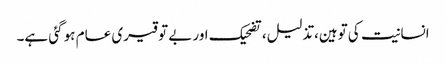
انسانیت کی توہین،تذلیل، تضحیک اور بے توقیری عام ہو گئی ہے۔